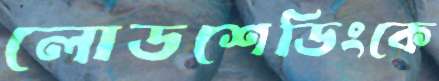
লোডশেডিংকে